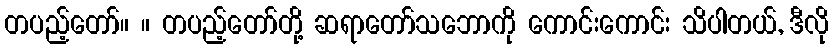
တပည့်တော်။ ။ တပည့်တော်တို့ ဆရာတော်သဘောကို ကောင်းကောင်း သိပါတယ်, ဒီလို